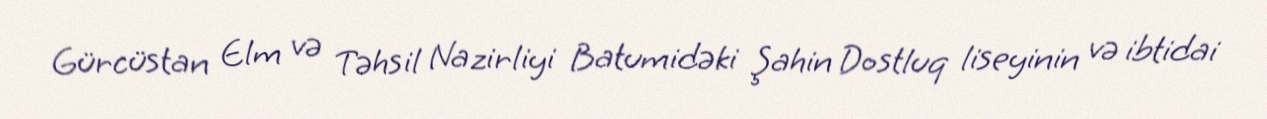
Gürcüstan Elm və Təhsil Nazirliyi Batumidəki Şahin Dostluq liseyinin və ibtidai